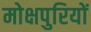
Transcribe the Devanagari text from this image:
मोक्षपुरियों